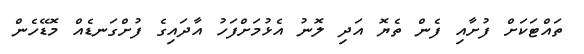
ތައްޓަކަށް ފުށާއި ފެން ތެޔޮ އަދި ލޮނު އެޅުމަށްފަހު އާދައިގެ ފުށްގަނޑެއް މޮޑޭހެން